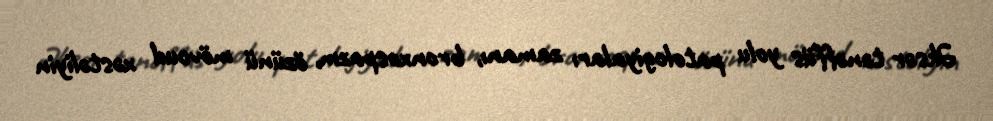
Əksər tənəffüs yolu patologiyaları zamanı, bronxospazm, özünü mövcud xəstəliyin